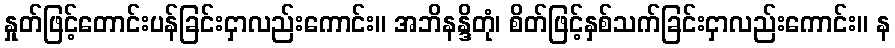
နှုတ်ဖြင့်တောင်းပန်ခြင်းငှာလည်းကောင်း။ အဘိနန္ဒိတုံ၊ စိတ်ဖြင့်နှစ်သက်ခြင်းငှာလည်းကောင်း။ န